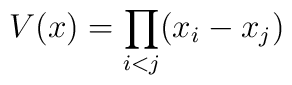
V(x) = \prod_{i < j} (x_i-x_j)